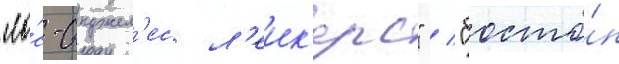
"ло́с-анджел'ес л'еик'ерс" / "босто́н